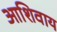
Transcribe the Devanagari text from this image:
आशिवाय